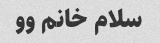
سلام خانم وو